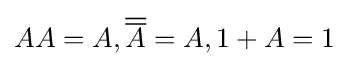
AA=A,{\overline {\overline {A}}}=A,1+A=1